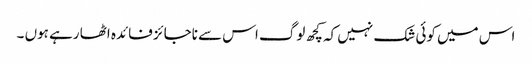
اس میں کوئی شک نہیں کہ کچھ لوگ اس سے ناجائز فائدہ اٹھا رہے ہوں ۔